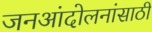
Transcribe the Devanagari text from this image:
जनआंदोलनांसाठी